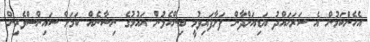
އެހެންކަމުން އެ ސަރަހައްދު އަޑިއަށްދާން ފަށާފައިވުމީ ބިންހެލުން އައުމުގެ ނިޝާނެއް ކަމަށް ސައިންސްވެރިން